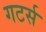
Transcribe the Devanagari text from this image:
गटर्स